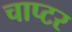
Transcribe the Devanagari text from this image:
चाप्टर